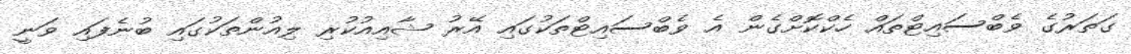
ގަތަރުގެ ވެބްސައިޓްތައް ހެކްކޮށްގެން އެ ވެބްސައިޓްތަކުގައި އޭރު ޝާއިއުކުރި ލިއުންތަކުގައި ބުނެފައި ވަނީ